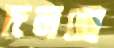
দলছে